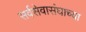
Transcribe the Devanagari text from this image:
सर्वसेवासंघाच्या